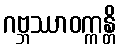
ဂဗ္ဘဿာဝက္ကန္တိ